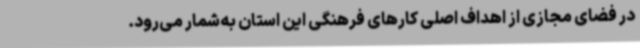
در فضای مجازی از اهداف اصلی کارهای فرهنگی این استان به‌شمار می‌رود.